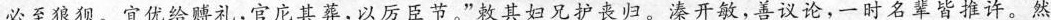
必至狼狈。宜优给赙礼，官庀其葬，以厉臣节。”敕其妇兄护丧归。溱开敏，善议论，一时名辈皆推许。然